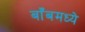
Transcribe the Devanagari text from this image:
बाँबमध्ये